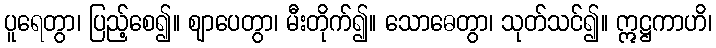
ပူရေတွာ၊ ပြည့်စေ၍။ ဈာပေတွာ၊ မီးတိုက်၍။ သောဓေတွာ၊ သုတ်သင်၍။ ဣဋ္ဌကာဟိ၊